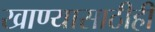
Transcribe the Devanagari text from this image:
खाण्यासाठीही